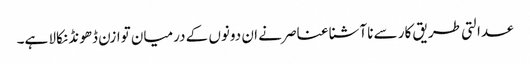
عدالتی طریق کار سے ناآشنا عناصر نے ان دونوں کے درمیان توازن ڈھونڈ نکالا ہے۔